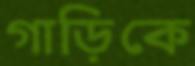
গাড়িকে